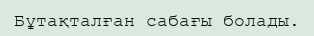
Бұтақталған сабағы болады.